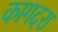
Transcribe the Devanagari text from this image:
कागदरा